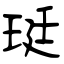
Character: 珽